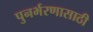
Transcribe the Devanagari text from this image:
पुनर्भरणासाठी